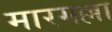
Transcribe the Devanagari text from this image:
मारगल्ला